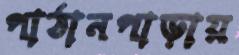
পাঠানপাড়ায়